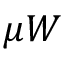
\mu W